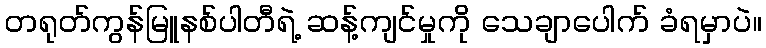
တရုတ်ကွန်မြူနစ်ပါတီရဲ့ ဆန့်ကျင်မှုကို သေချာပေါက် ခံရမှာပဲ။